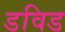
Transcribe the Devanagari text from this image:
डविड